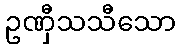
ဥဏှီသသီသော